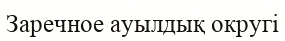
Заречное ауылдық округі